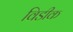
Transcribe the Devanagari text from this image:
विडीक